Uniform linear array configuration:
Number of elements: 32
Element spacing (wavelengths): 0.5
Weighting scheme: exponential
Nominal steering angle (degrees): -30
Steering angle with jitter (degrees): -30.479
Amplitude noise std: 0.05
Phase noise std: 0.05

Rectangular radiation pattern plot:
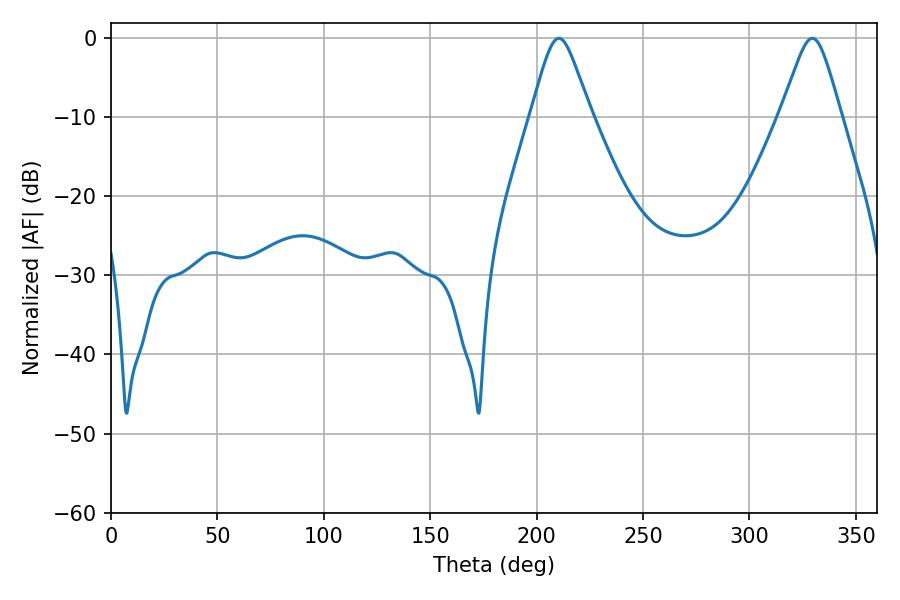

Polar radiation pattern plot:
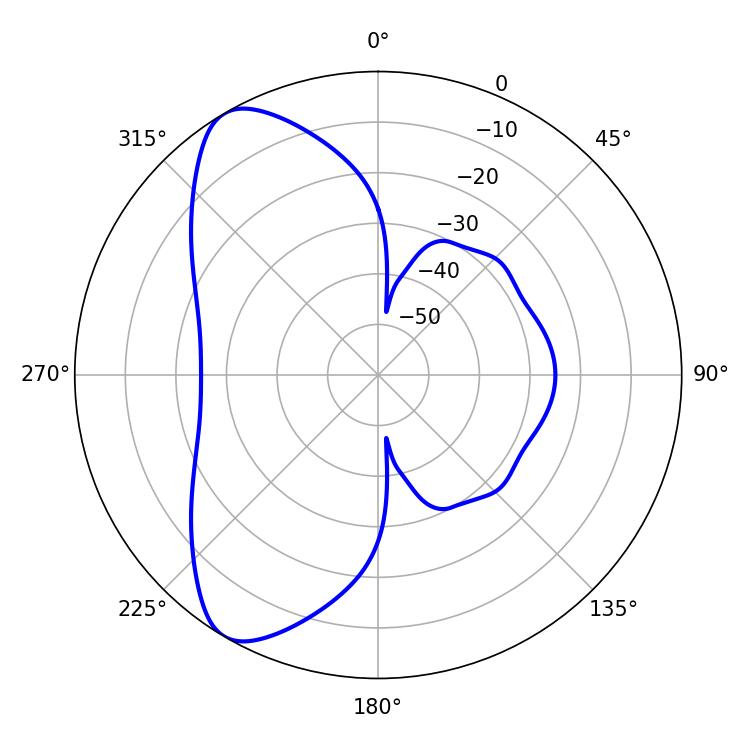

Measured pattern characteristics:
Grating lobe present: FALSE
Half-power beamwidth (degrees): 13.5
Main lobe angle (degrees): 210.42